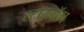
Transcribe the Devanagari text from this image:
स्टारलॉग